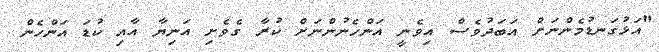
"އަޅުގަނޑުމެންނަށް އަބަދުވެސް އިވެނީ އަންހެނުންނަށް ކުރާ ގެވެށި އަނިޔާ އާއި ކުޑަ އަންހެން